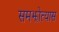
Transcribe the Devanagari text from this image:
समझोत्यास